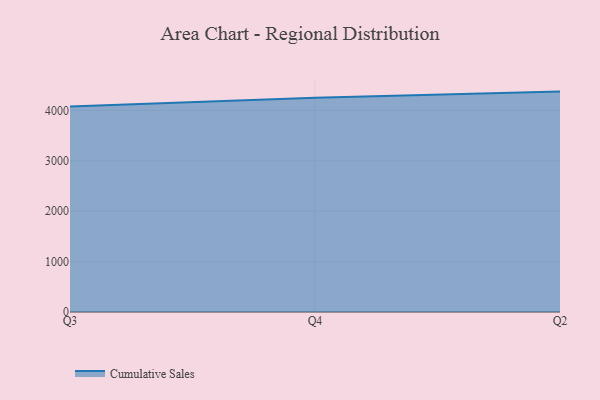
{"axis": {"x": "Quarter", "y": "Customer Acquisition Cost (USD)"}, "legend": ["Cumulative Sales"], "data": [{"x": "Q3", "y": 4076.4, "type": "Cumulative Sales"}, {"x": "Q4", "y": 4252.1, "type": "Cumulative Sales"}, {"x": "Q2", "y": 4373.6, "type": "Cumulative Sales"}]}